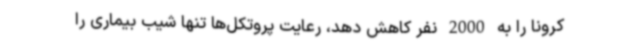
کرونا را به 2000 نفر کاهش دهد، رعایت پروتکل‌ها تنها شیب بیماری را